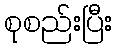
စုစည်းပြီး